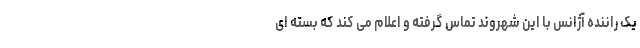
یک راننده آژانس با این شهروند تماس گرفته و اعلام می کند که بسته ای